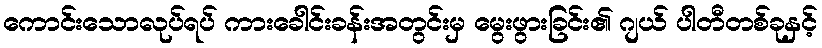
ကောင်းသောလုပ်ရပ် ကားခေါင်းခန်းအတွင်းမှ မွေးဖွားခြင်း၏ ဂျယ် ပါတီတစ်ခုနှင့်